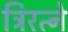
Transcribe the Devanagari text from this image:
त्रिरत्ने